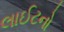
લાઈટનો